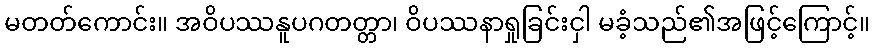
မတတ်ကောင်း။ အဝိပဿနူပဂတတ္တာ၊ ဝိပဿနာရှုခြင်းငှါ မခံ့သည်၏အဖြင့်ကြောင့်။